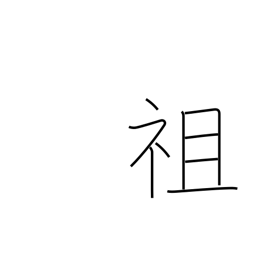
Meaning: pioneer